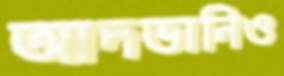
আদভানিও